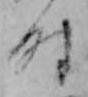
時